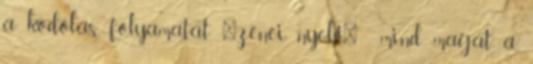
a kódolás folyamatát "zenei nyelv" , mind magát a